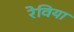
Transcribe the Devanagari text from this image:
रेविया